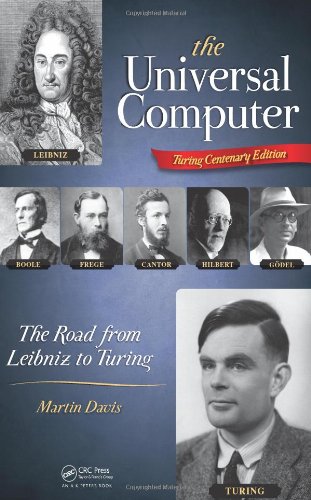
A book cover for The Universal Computer: The Road from Leibniz to Turing; Martin Davis; Computers & Technology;